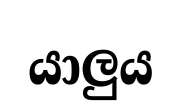
යාලුය